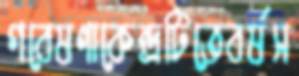
গবেষণাকেন্দ্রটিতেবর্ষস